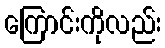
ကြောင်းကိုလည်း